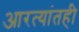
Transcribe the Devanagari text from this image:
आरत्यांतही